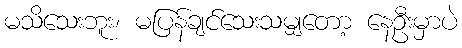
မသိသေးဘူး၊ မပြန်ချင်သေးသမျှတော့ နေဦးမှာပဲ